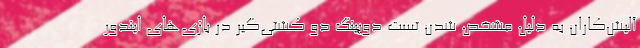
آلیش‌کاران به دلیل مشخص شدن تست دوپینگ دو کشتی‌گیر در بازی‌های ایندور